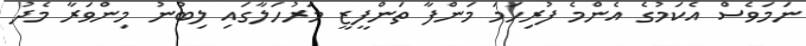
ނަމަވެސް އެކަމުގެ އެންމެ ފުރިހަމަ މަންފާ ތަންފީޒީ މަރުހަލާގައި ލިބުނު މިންވަރާ މެދު